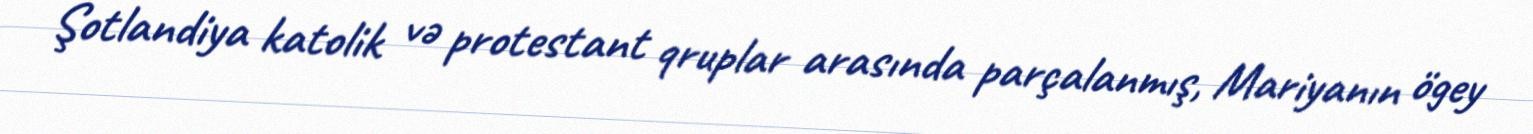
Şotlandiya katolik və protestant qruplar arasında parçalanmış, Mariyanın ögey